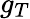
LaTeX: g_{T}